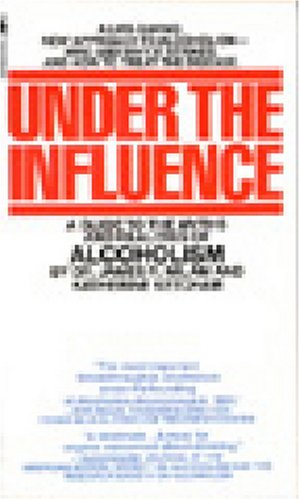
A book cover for Under the Influence: A Guide to the Myths and Realities of Alcoholism; James Robert Milam; Health, Fitness & Dieting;